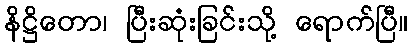
နိဋ္ဌိတော၊ ပြီးဆုံးခြင်းသို့ ရောက်ပြီ။